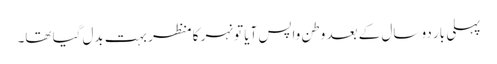
پہلی بار دو سال کے بعد وطن واپس آیا تو نہر کا منظر بہت بدل گیا تھا۔